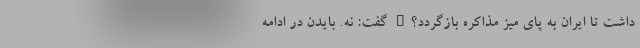
داشت تا ایران به پای میز مذاکره بازگردد؟" گفت: نه. بایدن در ادامه